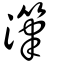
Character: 潷